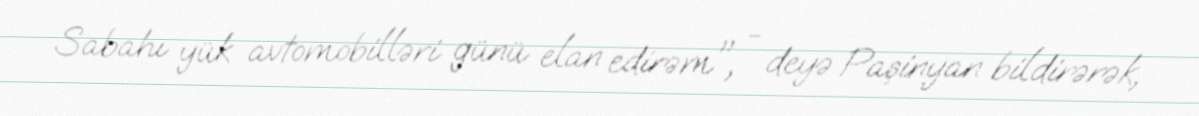
Sabahı yük avtomobilləri günü elan edirəm", - deyə Paşinyan bildirərək,